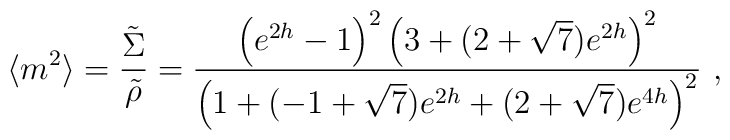
\langle m^2 \rangle ={\tilde\Sigma\over\tilde\rho}={\left( e^{2h} - 1  \right)^2       \left( 3 + (2+\sqrt{7})e^{2h}\right)^2       \over \left(1 + (-1 + \sqrt{7})e^{2h} +         (2+\sqrt{7})e^{4h}\right)^2}\ ,